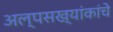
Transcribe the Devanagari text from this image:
अल्पसख्यांकांचे